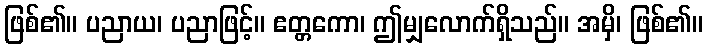
ဖြစ်၏။ ပညာယ၊ ပညာဖြင့်။ ဧတ္တကော၊ ဤမျှလောက်ရှိသည်။ အမှိ၊ ဖြစ်၏။